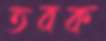
তবক